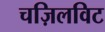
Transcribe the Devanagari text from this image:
चज़िलविट